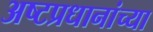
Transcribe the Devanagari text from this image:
अष्टप्रधानांच्या